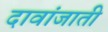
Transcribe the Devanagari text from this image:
दावांजाती